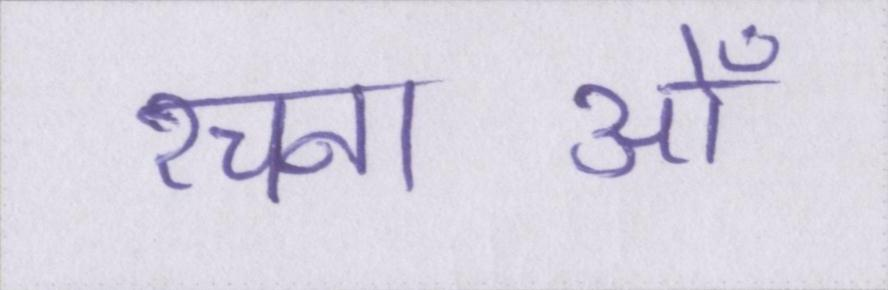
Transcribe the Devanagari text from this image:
रचनाओँ